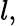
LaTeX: l,